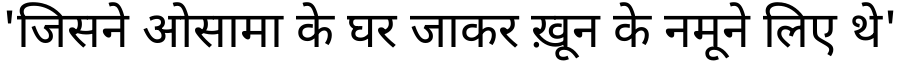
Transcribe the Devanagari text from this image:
'जिसने ओसामा के घर जाकर ख़ून के नमूने लिए थे'